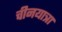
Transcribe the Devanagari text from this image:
चीनयात्रा